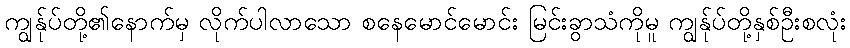
ကျွန်ုပ်တို့၏နောက်မှ လိုက်ပါလာသော စနေမောင်မောင်း မြင်းခွာသံကိုမူ ကျွန်ုပ်တို့နှစ်ဦးစလုံး